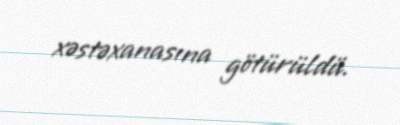
xəstəxanasına götürüldü.